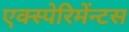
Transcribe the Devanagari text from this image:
एक्स्पेरिमेंन्टस